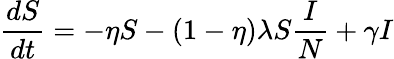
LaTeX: \frac{dS}{dt}=-\eta S-(1-\eta)\lambda S\frac{I}{N}+\gamma I